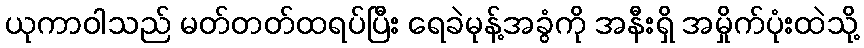
ယုကာဝါသည် မတ်တတ်ထရပ်ပြီး ရေခဲမုန့်အခွံကို အနီးရှိ အမှိုက်ပုံးထဲသို့